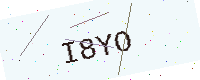
Text: I8YO